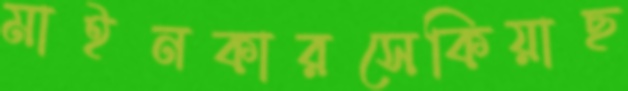
মাইনকারসেকিয়াছ